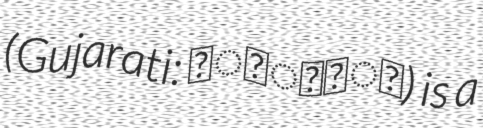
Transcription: (Gujarati: હાંડવો) is a